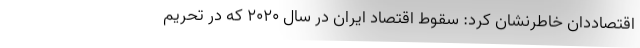
اقتصاددان خاطرنشان کرد: سقوط اقتصاد ایران در سال ۲۰۲۰ که در تحریم